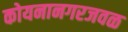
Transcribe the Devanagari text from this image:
कोयनानगरजवळ